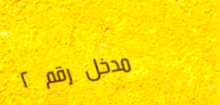
مدخل رقم ٢